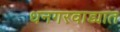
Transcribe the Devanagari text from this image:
धनगरवाड्यात